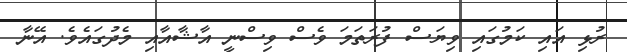
ރުޅި އައި ކަމުގައި ވިޔަސް ފުރަތަމަ ވެސް ވިސްނީ އާޝާއާއި މެދުގައެވެ. އޭނާ